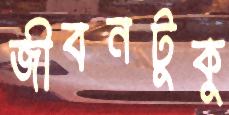
জীবনটুকু